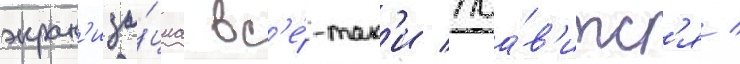
экран'иза́циа вс'е́-так'и поа́в'итс'я /